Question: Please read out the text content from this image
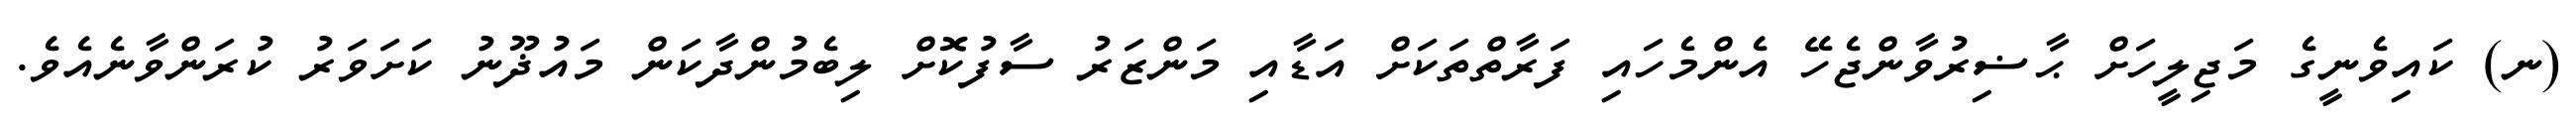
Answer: (ނ) ކައިވެނީގެ މަޖިލީހަށް ޙާޟިރުވާންޖެހޭ އެންމެހައި ފަރާތްތަކަށް އަޑާއި މަންޒަރު ސާފުކޮށް ލިބެމުންދާކަން މައުޛޫނު ކަށަވަރު ކުރަންވާނެއެވެ.